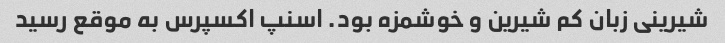
شیرینی زبان کم شیرین و خوشمزه بود. اسنپ اکسپرس به موقع رسید